Annual statistical returns and brief notes on vaccination in Bengal - 1887-1898
Year: 1887
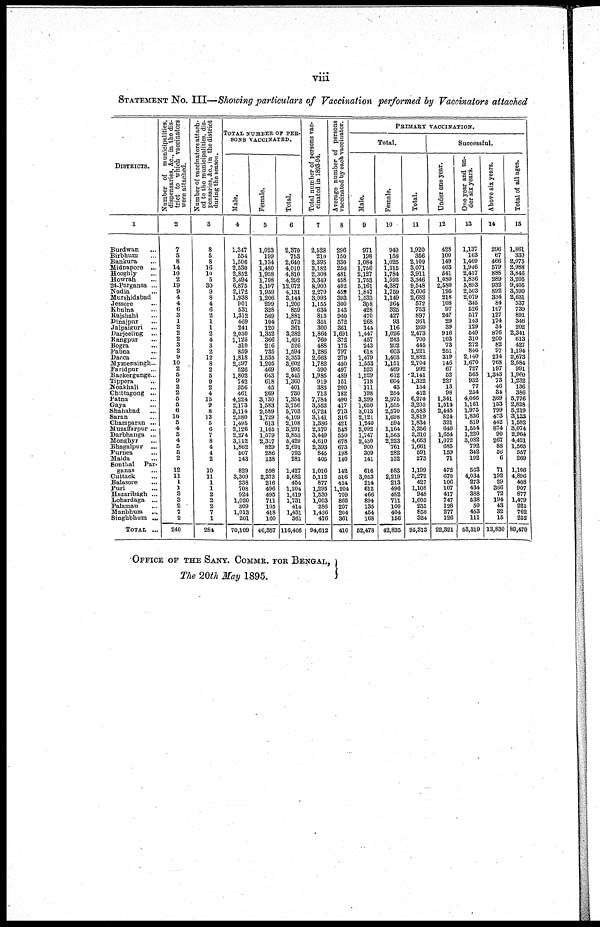
viii
STATEMENT No. III—Showing particulars of Vaccination performed by Vaccinators attached
DISTIRCTS.
1
Burdwan ...
Birbhum ...
Bankura ...
Midnapore ...
Hooghly ...
Howrah ...
24-Parganas ...
Nadia ...
Murshidabad
Jessore ...
Khulna ...
Rajshahi ...
Dinajpur ...
Jalpaiguri ...
Darjeeling ...
Rangpur ...
Bogra ...
Pabna ...
Dacca ...
Mymensingh...
Faridpur ...
Backergunge...
Tippera ...
Noakhali ...
Chittagong ...
Patna ...
Gaya ...
Shahabad ...
Saran ...
Champaran ...
Muzaffarpur ...
Darbhanga ...
Monghyr ...
Bhagalpur ...
Purnea ...
Malda ...
Sonthal Par-
ganas ...
Cuttack ...
Balasore ...
Puri ...
Hazaribagh ...
Lohardaga ...
Palamau ...
Manbhum
...
Singhbhum ...
TOTAL ...
Number of municipalities,
dispensaries, &c.,
in the dis-
trict to which vaccinators
were attached.
2
7
5
8
14
10
2
19
9
4
4
6
3
1
2
2
2
3
2
9
10
2
5
9
2
2
5
5
6
10
5
4
5
4
5
6
2
12
11
1
1
3
3
2
7
2
240
Number of vaccinators attach-
ed to the municipalities, dis-
pensaries, &c.,
in the district
during the season.
3
8
5
8
16
10
5
30
9
8
4
6
2
1
1
2
4
3
2
12
8
2
5
9
2
4
15
9
8
13
5
6
7
8
4
4
2
10
11
1
1
2
2
2
7
1
284
TOTAL NUMBER OF PER-
SONS VACCINATED.
Male.
4
1,347
554
1,506
2,530
2,852
2,494
6,875
2,172
1,938
901
531
1,312
469
241
2,030
1,125
310
859
1,818
2,397
526
1,802
742
356
461
4,224
2,173
3,114
2,380
1,495
2,126
2,274
3,112
1,862
507
143
829
3,309
238
708
924
1,020
309
1,013
201
70,109
Female.
5
1,023
199
1,134
1,480
1,958
1,798
5,197
1,959
1,206
299
328
569
104
120
1,352
366
216
735
1,535
1,205
469
643
618
45
269
3,130
1,583
2,589
1,729
613
1,165
1,579
2,317
829
286
138
598
2,373
216
496
495
711
105
418
160
46,357
Total.
6
2,370
753
2,640
4,010
4,810
4,292
12,072
4,131
3,144
1,200
859
1,881
573
361
3,332
1,491
526
1,594
3,353
3,602
995
2,445
1,360
401
730
7,354
3,756
5,703
4,109
2,108
3,291
3,853
5,429
2,691
793
281
1,427
5,682
454
1,204
1,419
1,731
414
1,431
361
116,406
Total number of persons vac-
cinated in 1893-94.
7
2,528
210
2,395
3,182
2,308
3,349
8,900
2,279
3,093
1,155
634
815
851
300
1,864
760
488
1,286
2,663
1,782
590
1,985
919
883
713
7,784
3,552
6,724
3,141
1,386
2,370
3,449
4,610
2,393
845
405
1,016
5,112
877
1,295
1,530
1,003
286
1,426
476
94,612
Average number of persons
vaccinated by each vaccinator.
8
296
150
330
250
481
458
402
459
393
300
143
940
572
361
1,691
372
175
797
279
450
497
489
151
200
182
490
417
713
316
421
548
550
678
673
198
140
142
516
454
1,204
709
865
207
204
361
410
PRIMARY VACCINATION.
Total.
Male.
9
971
198
1,084
1,756
2,127
1,753
5,161
1,847
1,533
808
428
470
268
144
1,447
457
243
618
1,479
1,553
523
1,529
718
111
198
3,299
1,650
3,013
2,121
1,240
2,092
1,747
2,430
900
309
141
616
3,053
214
612
466
894
135
454
168
52,478
Female.
10
949
158
1,025
1,315
1,784
1,593
4,387
1,759
1,149
264
325
427
93
116
1,026
243
202
603
1,403
1,151
469
612
604
43
254
2,975
1,555
2,570
1,698
594
1,164
1,563
2,223
761
282
132
583
2,219
213
496
462
711
100
404
156
42,835
Total.
11
1,920
356
2,109
3,071
3,911
3,346
9,548
3,606
2,682
572
753
897
361
260
2,473
700
445
1,221
2,882
2,704
992
2,141
1,322
154
452
6,274
3,205
6,583
3,819
1,834
3,256
3,310
4,653
1,661
591
273
1,199
5,272
427
1,108
948
1,605
235
858
324
95,313
Successful.
Under one year.
12
42S
100
149
463
541
1,080
2,580
195
218
108
97
247
29
39
916
103
73
251
319
146
67
52
227
13
98
1,341
1,514
2,445
824
321
646
1,654
1,072
685
159
71
472
670
106
107
417
747
128
277
126
22,321
One year and un-
der six years.
13
1,137
163
1,460
1,946
2,417
1,836
5,893
2,503
2,079
345
526
617
143
129
549
310
272
846
2,140
1,670
727
565
932
77
254
4,066
1,161
1,975
1,836
819
1,554
1,220
3,082
792
342
192
563
4,034
273
434
888
538
50
453
111
53,319
Above six years.
14
296
67
466
579
888
289
932
892
334
84
107
127
174
34
876
200
82
97
214
768
197
1,343
73
46
34
869
153
799
473
442
874
90
267
88
56
6
71
192
29
366
72
194
43
32
15
13,830
Total of all ages.
15
l,861
330
2,075
2,988
3,846
3,205
9,405
3,590
2,631
537
730
891
346
202
2,341
613
427
1,194
2,673
2,584
991
1,960
1,232
136
386
5,776
2,828
5,219
3,133
1,582
3,074
2,964
4,421
1,565
557
269
1,106
4,896
408
907
877
1,479
221
762
252
89,470
OFFICE OF THE SANY. COMMR. FOR BENGAL,
The 20th May 1895.